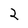
Character: 2